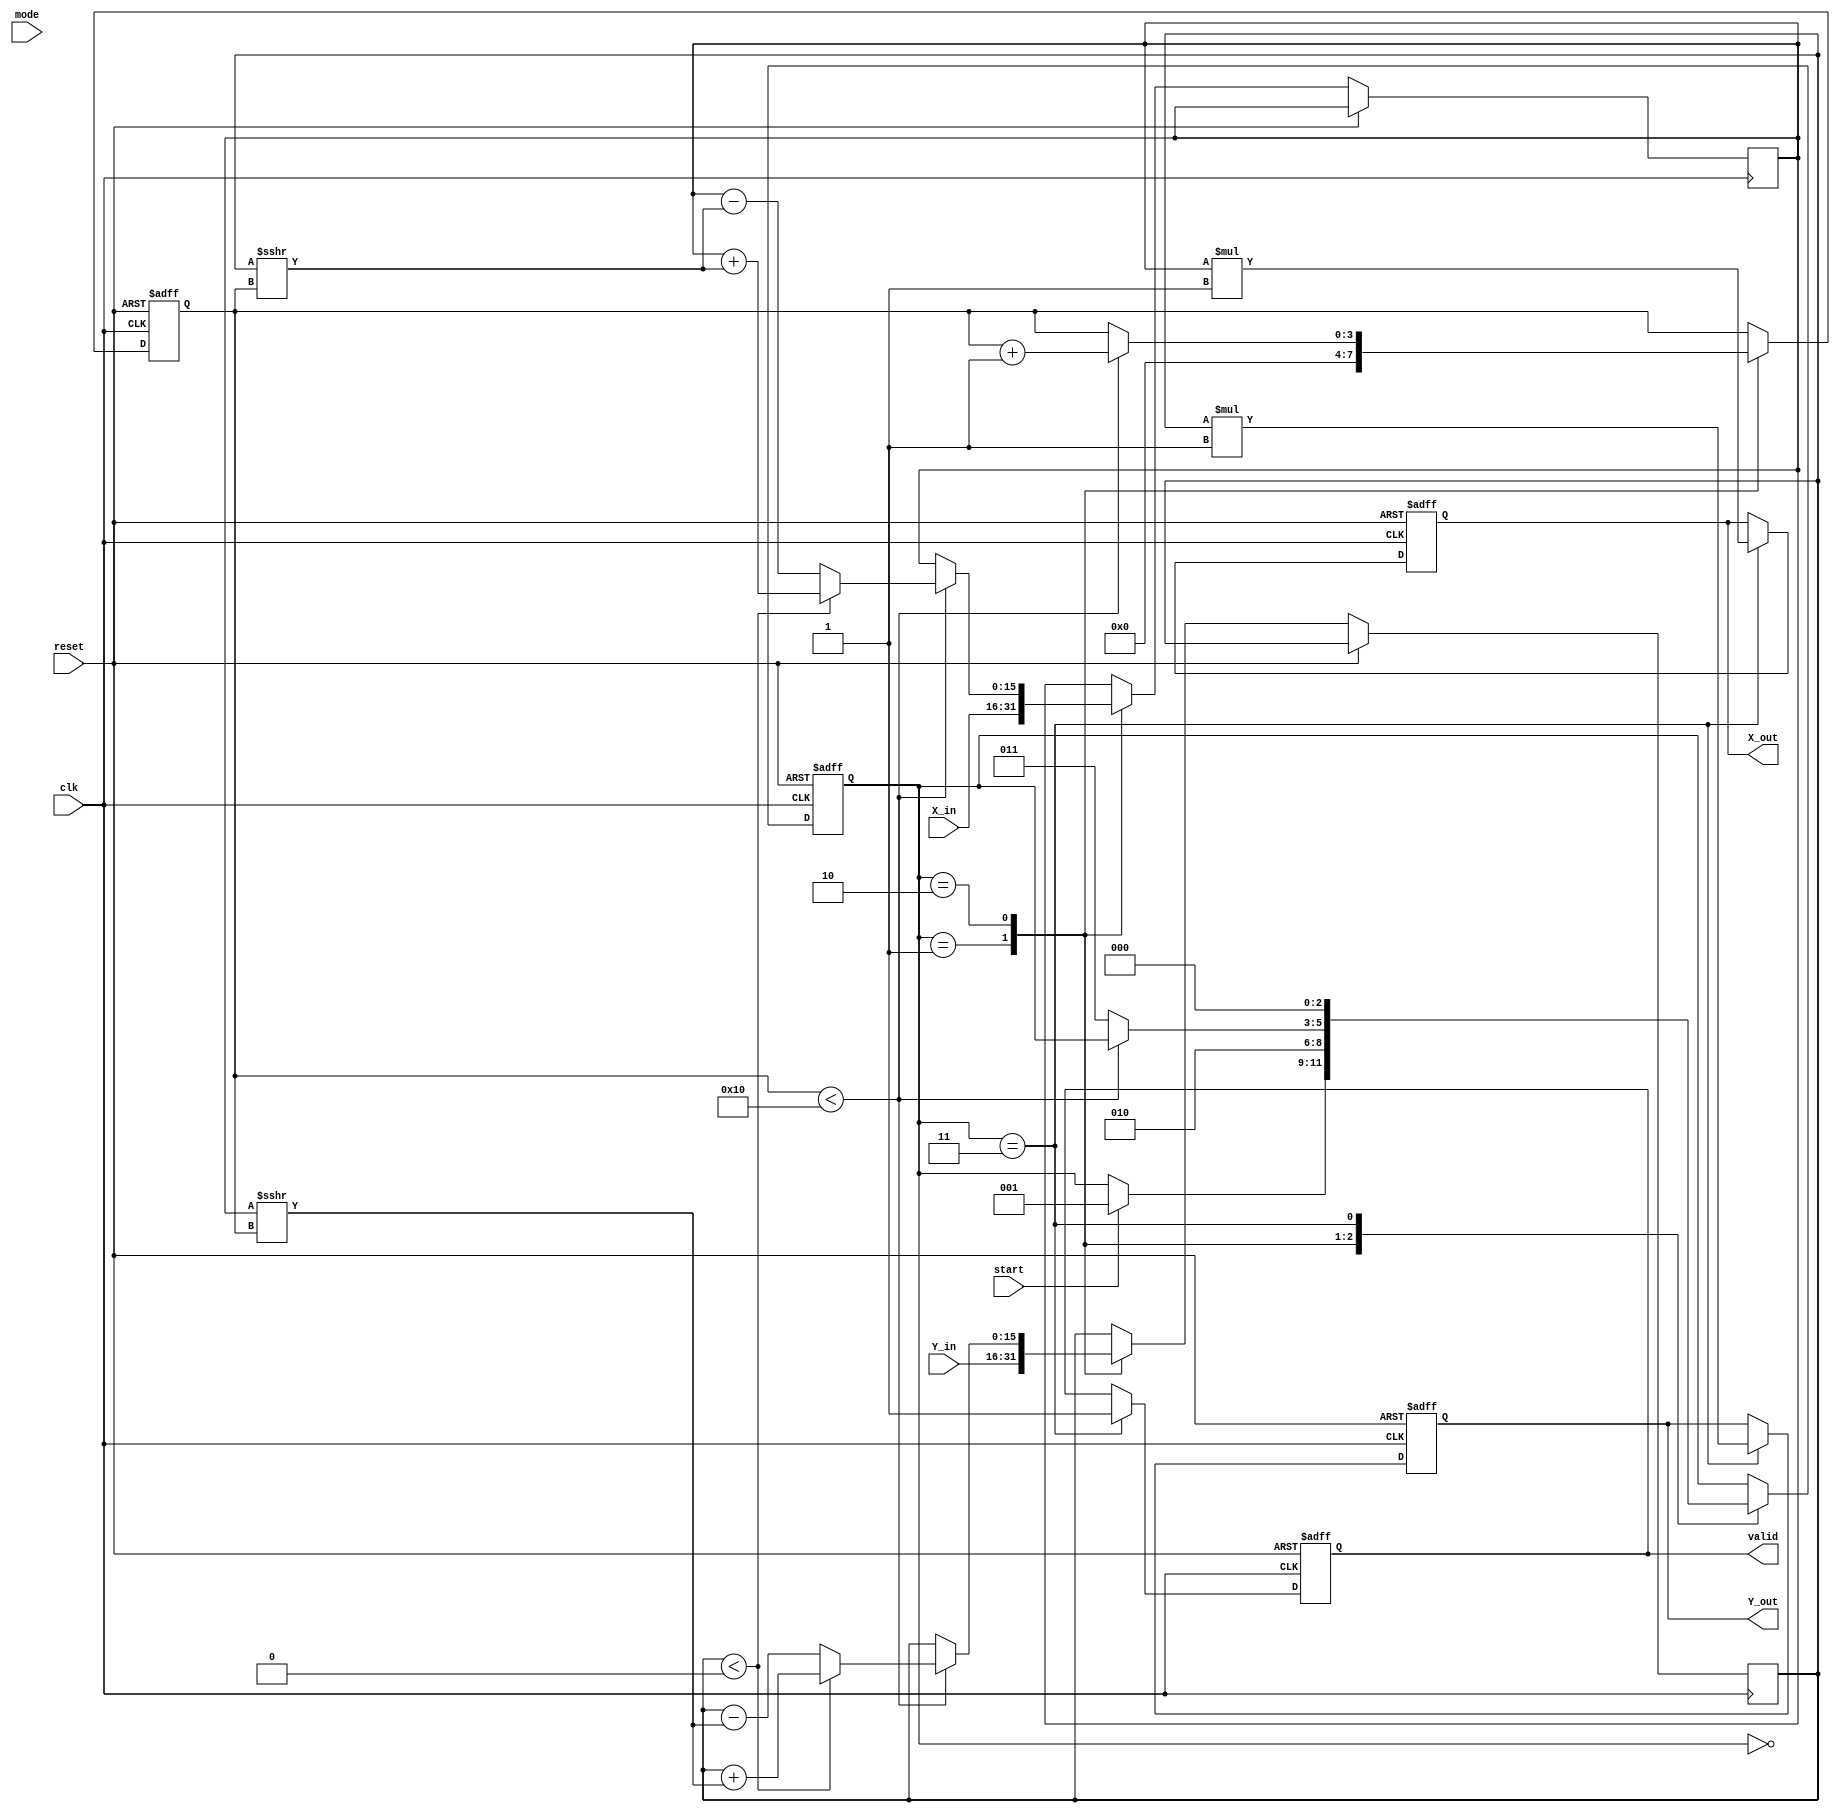
module hyperbolic_cordic #(
    parameter N = 16 // Number of iterations
)(
    input wire clk,
    input wire reset,
    input wire start,
    input wire [15:0] X_in, // Input X
    input wire [15:0] Y_in, // Input Y
    input wire [1:0] mode,   // Mode selector: 00=sinh, 01=cosh, 10=asinh, 11=acosh
    output reg [15:0] X_out, // Output X
    output reg [15:0] Y_out, // Output Y
    output reg valid         // Output valid signal
);

    // Internal registers
    reg [15:0] X, Y;
    reg [15:0] angle [0:N-1]; // Pre-computed angles for CORDIC
    reg [3:0] iteration;       // Iteration counter
    reg [2:0] state;           // FSM state
    reg [15:0] scaling_factor; // Scaling factor

    // CORDIC angles for hyperbolic functions (in fixed-point format)
    initial begin
        angle[0] = 16'h0001; // Angle for iteration 0
        angle[1] = 16'h0002; // Angle for iteration 1
        // Fill in other angles as needed...
    end

    // FSM states
    localparam IDLE = 3'b000,
               INIT = 3'b001,
               ITERATE = 3'b010,
               OUTPUT = 3'b011;

    // Scaling factor (example value, adjust as needed)
    initial scaling_factor = 16'h0001; // Example scaling factor

    // FSM for control logic
    always @(posedge clk or posedge reset) begin
        if (reset) begin
            state <= IDLE;
            valid <= 0;
            iteration <= 0;
            X_out <= 0;
            Y_out <= 0;
        end else begin
            case (state)
                IDLE: begin
                    if (start) begin
                        state <= INIT;
                    end
                end
                INIT: begin
                    X <= X_in;
                    Y <= Y_in;
                    iteration <= 0;
                    state <= ITERATE;
                end
                ITERATE: begin
                    if (iteration < N) begin
                        // CORDIC hyperbolic rotation logic
                        if (Y < 0) begin
                            X <= X + (Y >>> iteration);
                            Y <= Y + (X >>> iteration);
                        end else begin
                            X <= X - (Y >>> iteration);
                            Y <= Y - (X >>> iteration);
                        end
                        iteration <= iteration + 1;
                    end else begin
                        state <= OUTPUT;
                    end
                end
                OUTPUT: begin
                    X_out <= X * scaling_factor; // Apply scaling
                    Y_out <= Y * scaling_factor; // Apply scaling
                    valid <= 1;
                    state <= IDLE; // Go back to IDLE
                end
            endcase
        end
    end

endmodule